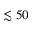
\lesssim 5 0